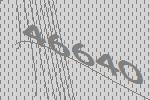
46640